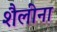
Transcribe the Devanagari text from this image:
शैलींना